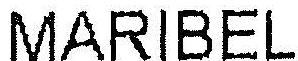
MARIBEL